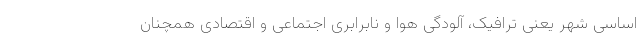
اساسی شهر یعنی ترافیک، آلودگی هوا و نابرابری اجتماعی و اقتصادی همچنان